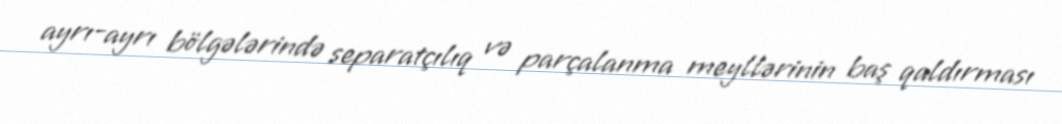
ayrı-ayrı bölgələrində separatçılıq və parçalanma meyllərinin baş qaldırması